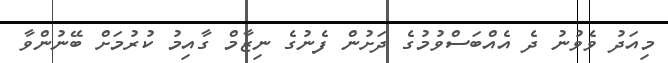
މިއަދު ވެވުނު ދެ އެއްބަސްވުމުގެ ދަށުން ފެނުގެ ނިޒާމް ގާއިމު ކުރުމަށް ބޭނުންވާ